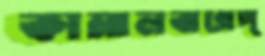
কামালবাগেপ্